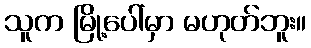
သူက မြို့ပေါ်မှာ မဟုတ်ဘူး။